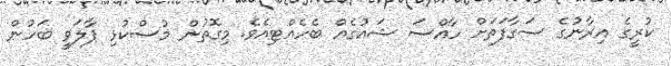
ކުރީގެ އިރާނުގެ ސަގާފަތަށް ހާއްސަ ޝައުގެއް ބެހެއްޓިއެވެ. މިގޮތުން މުސްކުޅި ޕާލަވީ ބަހުން